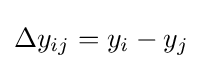
\Delta y_{ij}=y_{i}-y_{j}